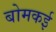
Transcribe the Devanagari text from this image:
बोमकई